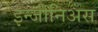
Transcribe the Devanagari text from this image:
इन्जीनिअस